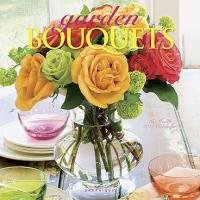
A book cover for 2012 Garden Bouquets Wall Calendar; Graphique de France; Calendars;